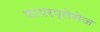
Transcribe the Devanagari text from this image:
फायरप्लेसेज